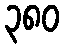
၃၈၀